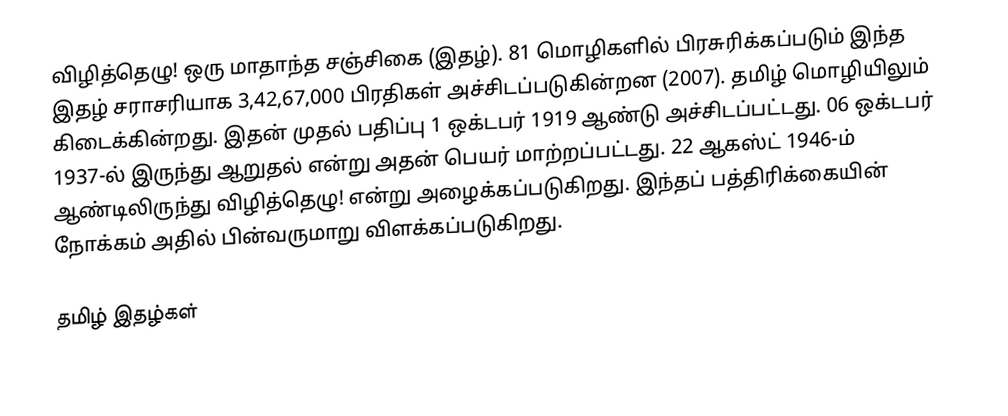
விழித்தெழு! ஒரு மாதாந்த சஞ்சிகை (இதழ்). 81 மொழிகளில் பிரசுரிக்கப்படும் இந்த இதழ் சராசரியாக 3,42,67,000 பிரதிகள் அச்சிடப்படுகின்றன (2007). தமிழ் மொழியிலும் கிடைக்கின்றது. இதன் முதல் பதிப்பு 1 ஒக்டபர் 1919 ஆண்டு அச்சிடப்பட்டது. 06 ஒக்டபர் 1937-ல் இருந்து ஆறுதல் என்று அதன் பெயர் மாற்றப்பட்டது. 22 ஆகஸ்ட் 1946-ம் ஆண்டிலிருந்து விழித்தெழு! என்று அழைக்கப்படுகிறது.  இந்தப் பத்திரிக்கையின் நோக்கம் அதில் பின்வருமாறு விளக்கப்படுகிறது.

தமிழ் இதழ்கள்